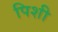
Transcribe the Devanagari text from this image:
पिशी